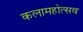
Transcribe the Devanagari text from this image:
कलामहोत्सव